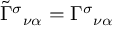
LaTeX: \tilde { \Gamma } ^ { \sigma } { } _ { \nu \alpha } = \Gamma ^ { \sigma } { } _ { \nu \alpha }